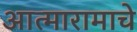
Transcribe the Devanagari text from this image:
आत्मारामाचे